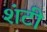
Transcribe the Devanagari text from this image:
शंटी